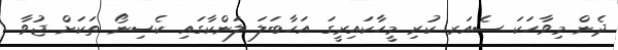
ދެން މިވާހަކަ ސެއަރ ކުރި މީހާކައިރީގަ އަހާބަލަ ލަންކާގައި ކެސިނޯ ތަކަށް ޖުވާ